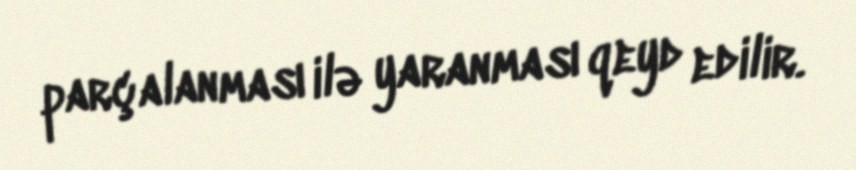
parçalanması ilə yaranması qeyd edilir.